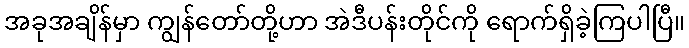
အခုအချိန်မှာ ကျွန်တော်တို့ဟာ အဲဒီပန်းတိုင်ကို ရောက်ရှိခဲ့ကြပါပြီ။